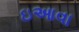
ઇઆવા